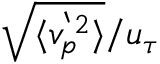
\sqrt { \langle v _ { p } ^ { ` 2 } \rangle } / u _ { \tau }